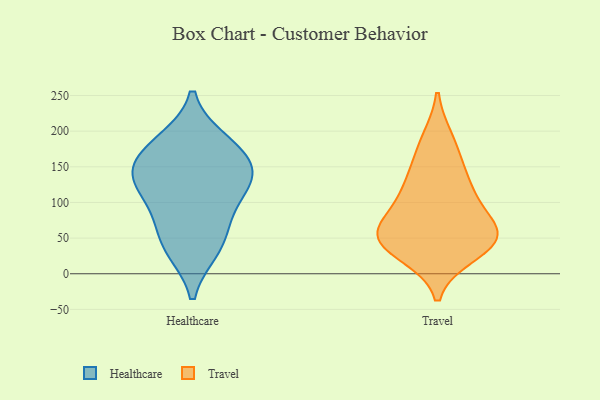
{"axis": {"x": "Backlog", "y": "Value"}, "legend": ["Healthcare", "Travel"], "data": [{"x": "", "y": 72, "type": "Healthcare"}, {"x": "", "y": 128, "type": "Healthcare"}, {"x": "", "y": 136, "type": "Healthcare"}, {"x": "", "y": 34, "type": "Healthcare"}, {"x": "", "y": 127, "type": "Healthcare"}, {"x": "", "y": 186, "type": "Healthcare"}, {"x": "", "y": 146, "type": "Healthcare"}, {"x": "", "y": 161, "type": "Healthcare"}, {"x": "", "y": 92, "type": "Healthcare"}, {"x": "", "y": 38, "type": "Healthcare"}, {"x": "", "y": 182, "type": "Healthcare"}, {"x": "", "y": 44, "type": "Travel"}, {"x": "", "y": 53, "type": "Travel"}, {"x": "", "y": 48, "type": "Travel"}, {"x": "", "y": 28, "type": "Travel"}, {"x": "", "y": 188, "type": "Travel"}, {"x": "", "y": 112, "type": "Travel"}, {"x": "", "y": 58, "type": "Travel"}, {"x": "", "y": 114, "type": "Travel"}, {"x": "", "y": 72, "type": "Travel"}, {"x": "", "y": 151, "type": "Travel"}]}